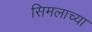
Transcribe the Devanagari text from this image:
सिमलाच्या